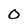
Character: 0